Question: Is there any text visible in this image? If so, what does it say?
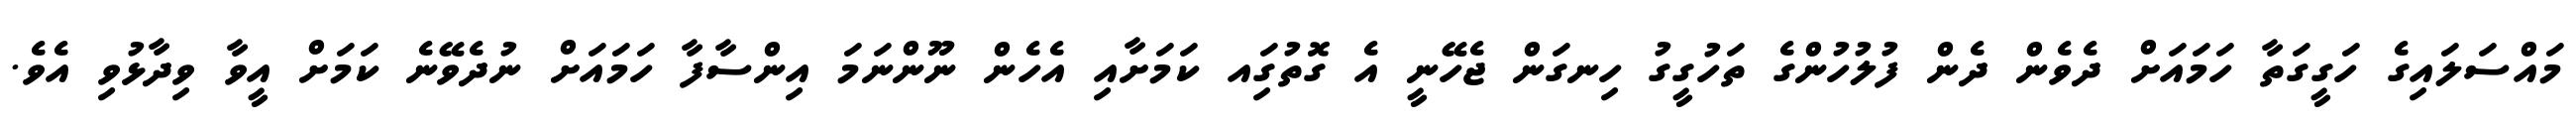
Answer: މައްސަލައިގެ ހަގީގަތާ ހަމައަށް ދެވެން ދެން ފުލުހުންގެ ތަހުގީގު ހިނގަން ޖެހޭނީ އެ ގޮތުގަިއ ކަމަށާއި އެހެން ނޫންނަމަ އިންސާފާ ހަމައަށް ނުދެވޭނެ ކަމަށް އީވާ ވިދާޅުވި އެވެ.